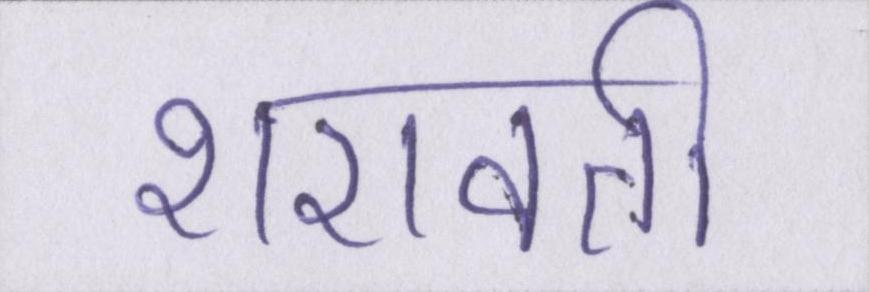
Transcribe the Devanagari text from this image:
शरावती